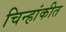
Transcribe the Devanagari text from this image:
चिन्हांकीत